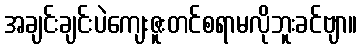
အချင်းချင်းပဲကျေးဇူးတင်စရာမလိုဘူးခင်ဗျာ။